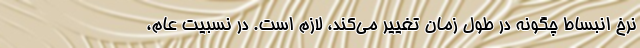
نرخ انبساط چگونه در طول زمان تغییر می‌کند، لازم است. در نسبیت عام،